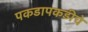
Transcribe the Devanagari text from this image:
पकडापकडीचे